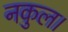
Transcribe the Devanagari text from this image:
नकुल।